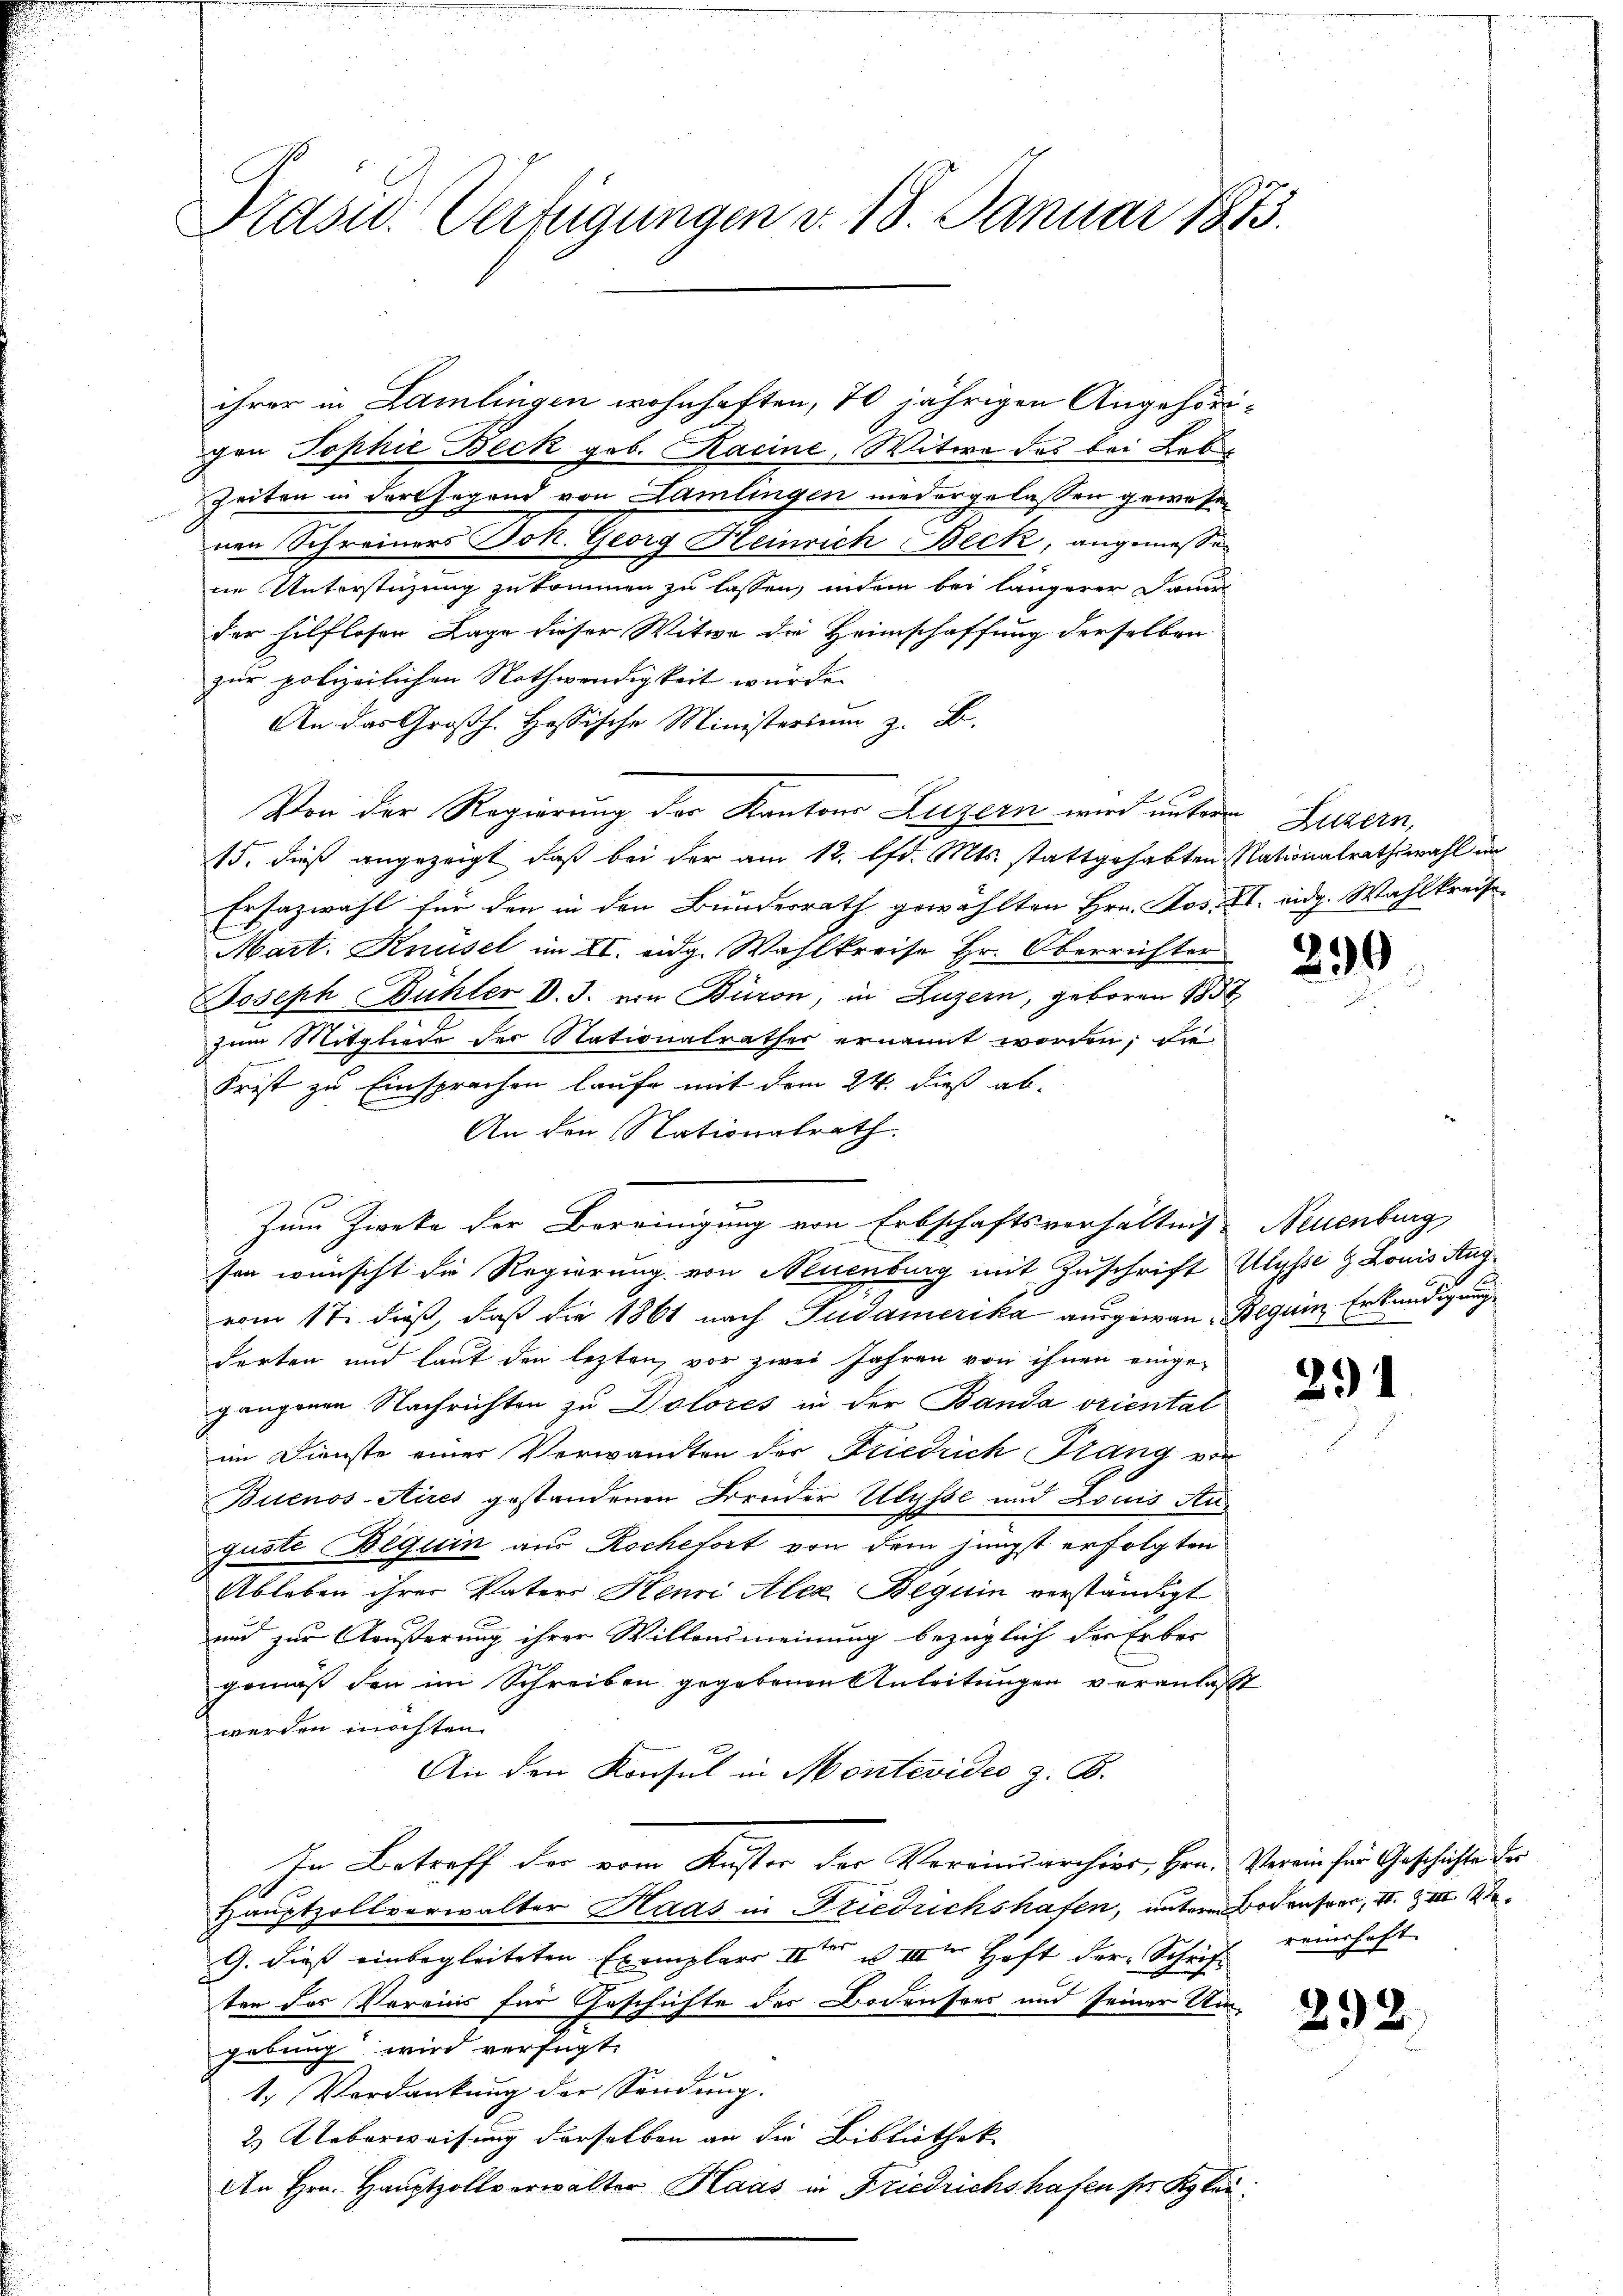
Präsid. Verfügungen v. 18. Januar 1873.

ihrer in Lamlingen wohnhaften, 20 jährigen Angehörigen Tophie Beck gob. Kacine, Witwe des bei Lebe
Zeiten in der Gegend von Lamlingen niedergelassen gewesen
nen Schreiners Joh. Georg Heinrich Beck, angemessen
ne Unterstüzung zukommen zu lassen, indem bei längerer Dami
der hilflosen Lage dieser Witwe die Heimschaffung derselben
zur polizeilichen Nothwendigkeit wurde.
An das Großh. Hössische Ministersum z. B.
Von der Regierung der Kantons Luzern wird untern Luzern,
15. dieß angezeigt, daß bei der am 12. lfd. Mts. stattgehabten Nationalrathswahl in
Erfazwahl für den in den Bunderrath gewählten Hrn. Jos. II. eidg. Wahlkreise
Mart. Knüsel im XI. eidg. Wahlkreise Hr. Oberrichter
Joseph Bühler D. J. von Büron, in Luzern, geboren 1857
zum Mitgliede der Nationalrathes ernannt worden; die
Frist zu Einsprachen laufe mit dem 24. dieß ab¬
An den Stationalrath
sen wünscht die Regierung von Neuenburg mit Zuschrift Ulysse & Louis Aug
vom 17. dieß, daß die 1861 nach Judamerika ausgewan-Beguin Erkundigung
darten und laut den lezten, vor zwei Jahren von ihnen einge-
gangenen Nachrichten zu Dolores in der Banda oriental
im Dienste einer Verwandten der Friedrich Stang vor
Buenos-Aires gestandenen Brüder Ulysse und Louis Auguste Beguin aus Rochefort von dem jüngst erfolgten
Ableben ihrer Vaters Henri Alex Beguin verständigt
und zur Außerung ihrer Willensmeinung bezüglich der Erber
gemäß den im Schreiben gegebenen Anleitungen veranlaßt
werden möchten.
An den Konsul in Montevideo z. B.
In Betreff der vom Kuster der Vereindarchier, Hrn. Verein für Geschichte der
Hauptzollverwalter Kaas in Friedrichshafen, unterm Bodensrer, II. Z III 14 T
G. dieß einbegleiteten Exemplare IIter der Haft der Schrift
ten des Vereins für Geschichte des Bodensees und seiner Umgebung wird verfügt:
1. Verdankung der Sendung.
2.) Ueberweisung derselben an die Bibliotheke
An Hrn. Hauptzollverwalter Haas in Friedrichshafen ser Klei¬

Zum Zwecke der Bereinigung von Erbschaftsverhältnis Neuenburg

299

294

reinschaft

232.